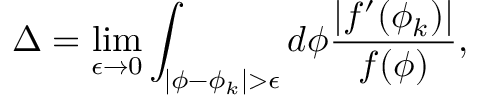
\Delta = \operatorname * { l i m } _ { \epsilon \rightarrow 0 } \int _ { | \phi - \phi _ { k } | > \epsilon } d \phi \frac { | f ^ { \prime } ( \phi _ { k } ) | } { f ( \phi ) } ,